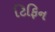
ટિફિન